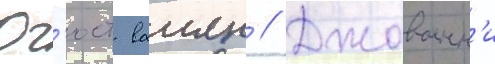
Ог'юст ваиян // Джованн'и